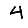
Digit: 4